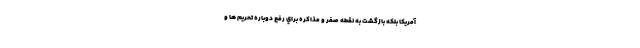
آمريكا بلكه بازگشت به نقطه صفر و مذاكره براي رفع دوباره تحريم ها و